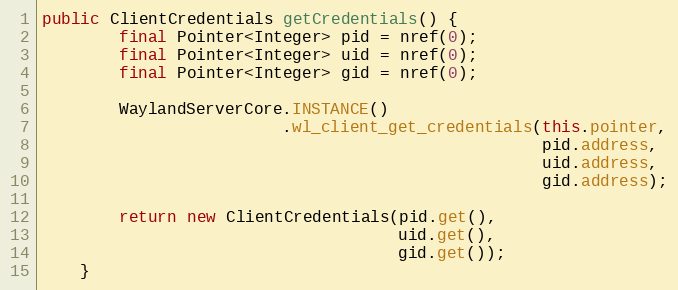
Language: Java
public ClientCredentials getCredentials() {
        final Pointer<Integer> pid = nref(0);
        final Pointer<Integer> uid = nref(0);
        final Pointer<Integer> gid = nref(0);

        WaylandServerCore.INSTANCE()
                         .wl_client_get_credentials(this.pointer,
                                                    pid.address,
                                                    uid.address,
                                                    gid.address);

        return new ClientCredentials(pid.get(),
                                     uid.get(),
                                     gid.get());
    }